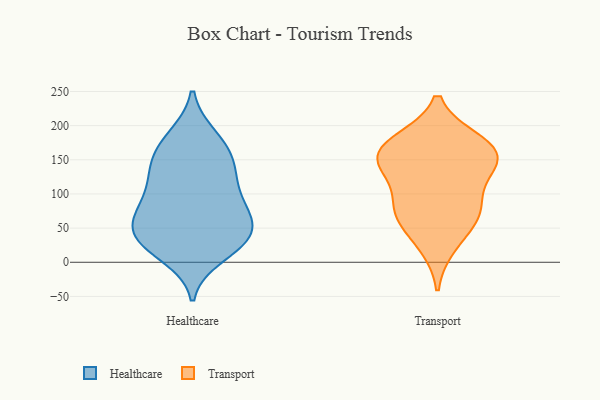
{"axis": {"x": "Production Output", "y": "Value"}, "legend": ["Healthcare", "Transport"], "data": [{"x": "", "y": 89, "type": "Healthcare"}, {"x": "", "y": 66, "type": "Healthcare"}, {"x": "", "y": 138, "type": "Healthcare"}, {"x": "", "y": 63, "type": "Healthcare"}, {"x": "", "y": 159, "type": "Healthcare"}, {"x": "", "y": 100, "type": "Healthcare"}, {"x": "", "y": 33, "type": "Healthcare"}, {"x": "", "y": 181, "type": "Healthcare"}, {"x": "", "y": 45, "type": "Healthcare"}, {"x": "", "y": 76, "type": "Healthcare"}, {"x": "", "y": 122, "type": "Healthcare"}, {"x": "", "y": 28, "type": "Healthcare"}, {"x": "", "y": 59, "type": "Healthcare"}, {"x": "", "y": 10, "type": "Healthcare"}, {"x": "", "y": 28, "type": "Healthcare"}, {"x": "", "y": 155, "type": "Healthcare"}, {"x": "", "y": 127, "type": "Healthcare"}, {"x": "", "y": 29, "type": "Healthcare"}, {"x": "", "y": 184, "type": "Healthcare"}, {"x": "", "y": 82, "type": "Transport"}, {"x": "", "y": 148, "type": "Transport"}, {"x": "", "y": 172, "type": "Transport"}, {"x": "", "y": 172, "type": "Transport"}, {"x": "", "y": 25, "type": "Transport"}, {"x": "", "y": 78, "type": "Transport"}, {"x": "", "y": 152, "type": "Transport"}, {"x": "", "y": 138, "type": "Transport"}, {"x": "", "y": 80, "type": "Transport"}, {"x": "", "y": 137, "type": "Transport"}, {"x": "", "y": 57, "type": "Transport"}, {"x": "", "y": 177, "type": "Transport"}]}